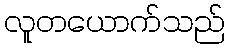
လူတယောက်သည်